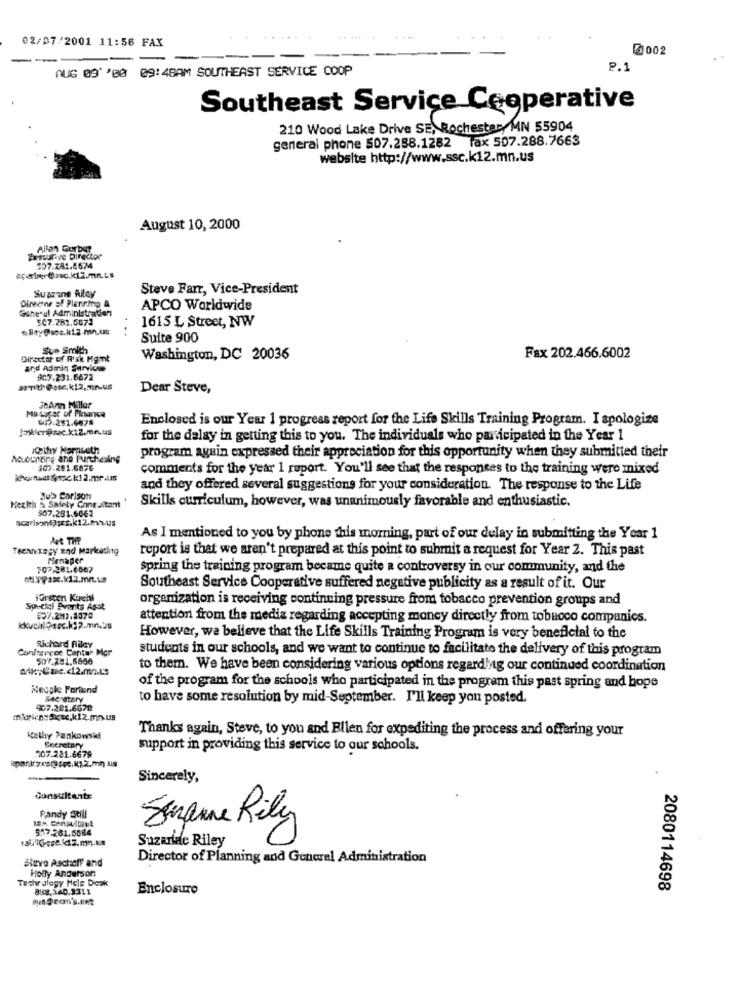
02/07/2001 11:56 FAX
2002
---
AUG 09' '00 09:48AM SOUTHEAST SERVICE COOP
P.1
Southeast Service Cooperative
210 Wood Lake Drive SE, Rochester MN 55904
general phone 507.258.1282 lax 507.288.7663
website http://www.ssc.k12.mn.us
August 10, 2000
Allan Gorber
Extrurize Director
107.781.6674
apeine tasc.k12.mn.Ls
Suaring Riley
Steve Farr, Vice-President
Cashe"ul Administration
Director of Planning &
APCO Worldwide
507.281.6073
1615 L Street, NW
Suite 900
Sue Smith
Director of R'ak Hgmnt
Washington, DC 20036
Fax 202.466.6002
and Admin Services
907.231.6672
Dear Steve,
Mutiger of France
JeAnn Miller
512.281.6678
Enclosed is our Year 1 progress report for the Life Skills Training Program. I apologize
for the delay in getting this to you. The individuals who participated in the Year 1
Kathy Horaseth
program again expressed their appreciation for this opportunity when they submitted their
Accounting and Purchasing
307.251.6876
comments for the year 1 report. You'll see that the responses to the training were mixed
khorneat &sac k1 2.mr.ts
and they offered several suggestions for your consideration. The response to the Life
Bu> Carlson
Skills curriculum, however, was unanimously favorable and enthusiastic.
Health & Safety Congatant
907.281.6061
Are THE
As I mentioned to you by phone this morning, part of our delay in submitting the Year 1
Teennxegy and Marketing
report is that we aren't prepared at this point to submit a request for Year 2. This past
Menaper
spring the training program became quite a controversy in our community, and the
ot:1Px.k12.m.us
Southeast Service Cooperative suffered negative publicity as a result of it. Our
lorscen Kuchi
organization is receiving continuing pressure from tobacco prevention groups and
Special Events Asst
attention from the media regarding accepting money directly from tobacco companies.
However, we believe that the Life Skills Training Program is very beneficial to the
Confterrce Cantur Mor
Sichord Riley
students in our schools, and we want to continue to facilitate the delivery of this program
507.281.6666
ark;&aec .< 12.m.LS
to them. We have been considering various options regarding our continued coordination
Neugle Fortund
of the program for the schools who participated in the program this past spring and hope
Secretary
to have some resolution by mid-September. I'll keep you posted.
907.281.6678
miorien Sktc.k12.mn.us
Thanks again, Steve, to you and Bilen for expediting the process and offering your
Kathy Pankowski
107.221.6679
Secretary
support in providing this service to our schools.
.
Sincerely,
Consultante
Randy Still
537.261.5084
Sangue Rily
Suzaride Riley
Steve Aschoff and
Director of Planning and General Administration
Holly Anderson
Techrdlogy Help Desk
8Kg, 140.3711
Enclosure
2080114698